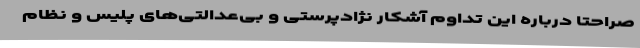
صراحتا درباره این تداوم آشکار نژادپرستی و بی‌عدالتی‌های پلیس و نظام